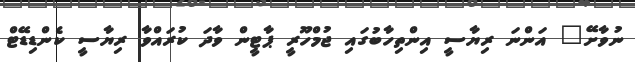
ނުވާށޭ" އަންނަ ރިޔާސީ އިންތިހާބުގައި ޖުމްހޫރީ ޕާޓީން ވާދަ ކުރައްވާ ރިޔާސީ ކެންޑިޑޭޓް